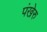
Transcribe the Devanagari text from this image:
पंखेरु